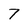
Character: 7